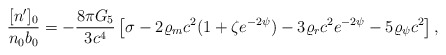
\begin{align*}{{[n^{\prime}]_0}\over{n_0b_0}}=-{{8\pi G_5}\over{3c^4}}\left[\sigma-2\varrho_mc^2(1+\zeta e^{-2\psi})-3\varrho_rc^2e^{-2\psi}-5\varrho_{\psi}c^2\right],\end{align*}